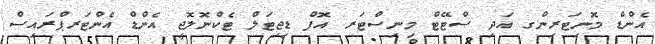
އެންޑް މޮނިޓަރިންގ އަދި ސްޓޭޓް މިނިސްޓަރ އޮފް ޑިޖިޓަލް ޓެކްނޮލޮޖީ އެންޑް އެންޓަރޕްރައިސް